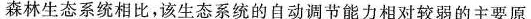
森林生态系统相比，该生态系统的自动调节能力相对较弱的主要原